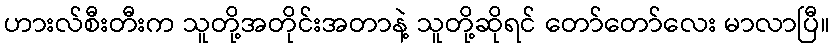
ဟားလ်စီးတီးက သူတို့အတိုင်းအတာနဲ့ သူတို့ဆိုရင် တော်တော်လေး မာလာပြီ။